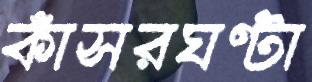
কাঁসরঘণ্টা